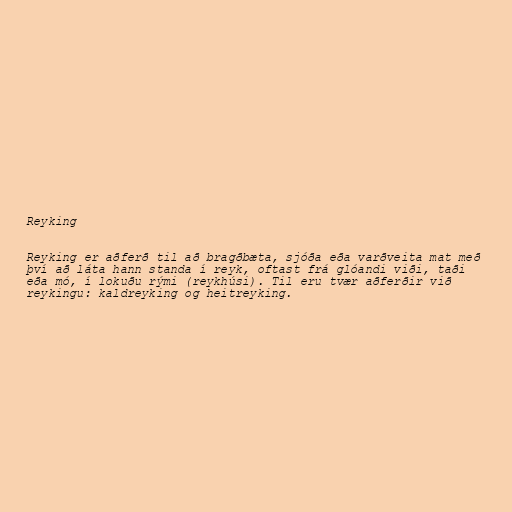
Reyking

Reyking er aðferð til að bragðbæta, sjóða eða varðveita mat með
því að láta hann standa í reyk, oftast frá glóandi viði, taði
eða mó, í lokuðu rými (reykhúsi). Til eru tvær aðferðir við
reykingu: kaldreyking og heitreyking.